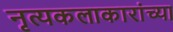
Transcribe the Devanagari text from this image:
नृत्यकलाकारांच्या